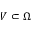
V \subset \Omega